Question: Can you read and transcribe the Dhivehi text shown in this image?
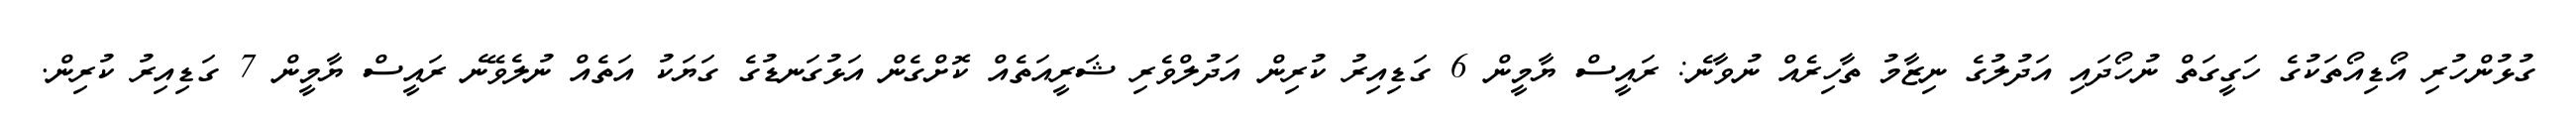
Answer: ގުޅުންހުރި އޯޑިއޯތަކުގެ ހަގީގަތް ނުހޯދައި އަދުލުގެ ނިޒާމު ތާހިރެއް ނުވާނެ: ރައީސް ޔާމީން 6 ގަޑިއިރު ކުރިން އަދުލްވެރި ޝަރީއަތެއް ކޮށްގެން އަޅުގަނޑުގެ ގަޔަކު އަތެއް ނުލެވޭނެ ރައީސް ޔާމީން 7 ގަޑިއިރު ކުރިން.